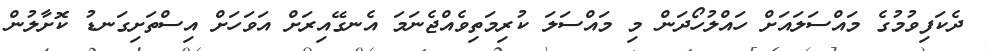
ދެކަފިވުމުގެ މައްސަލައަށް ހައްލުހޯދަން މި މައްސަލަ ކުރިމަތިވެއްޖެނަމަ އެނގޭއިރަށް އަވަހަށް އިސްތަށިގަނޑު ކޮށާލުން